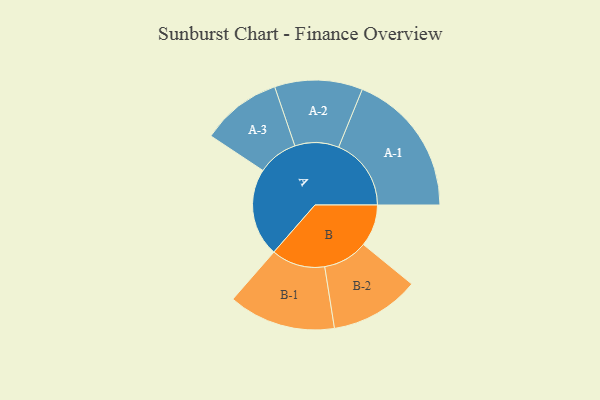
{"axis": {"x": "Segment", "y": "Value"}, "legend": ["", "A", "B"], "data": [{"x": "A", "y": 355, "type": ""}, {"x": "B", "y": 169, "type": ""}, {"x": "A-1", "y": 292, "type": "A"}, {"x": "A-2", "y": 177, "type": "A"}, {"x": "A-3", "y": 162, "type": "A"}, {"x": "B-1", "y": 216, "type": "B"}, {"x": "B-2", "y": 180, "type": "B"}]}